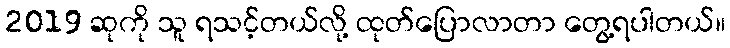
2019 ဆုကို သူ ရသင့်တယ်လို့ ထုတ်ပြောလာတာ တွေ့ရပါတယ်။